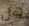
هل